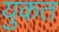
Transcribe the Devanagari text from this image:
युकत